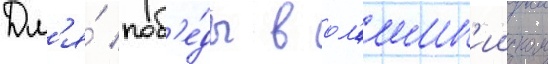
Дл'я́ поб'е́ды в ол'имп'ииском